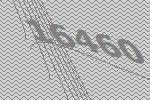
16460